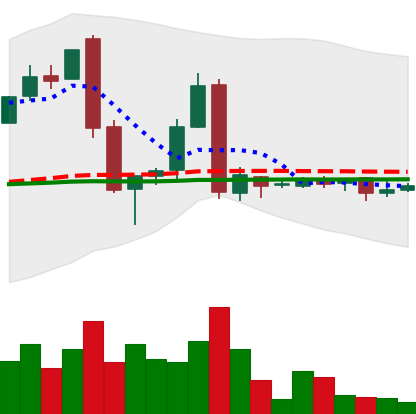
Ticker: LTC-USD
Chart end date: 2017-01-20
Forward return: -4.511%
Label: down_3_5